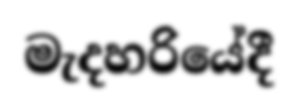
මැදහරියේදී